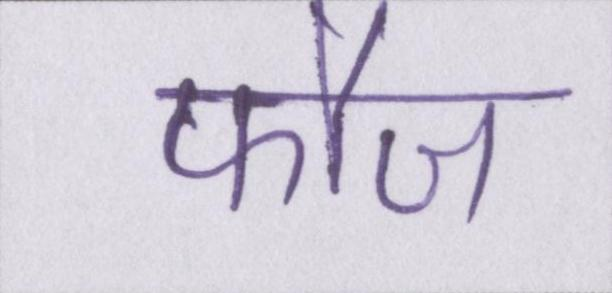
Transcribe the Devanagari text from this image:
फौज